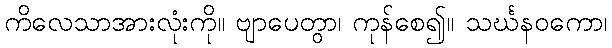
ကိလေသာအားလုံးကို။ ဗျာပေတွာ၊ ကုန်စေ၍။ သင်္ဃနဝကော၊